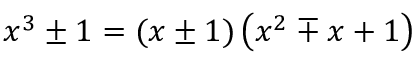
x ^ { 3 } \pm 1 = ( x \pm 1 ) \left( x ^ { 2 } \mp x + 1 \right)